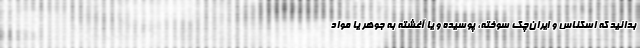
بدانید که اسکناس و ایران‌چک سوخته، پوسیده و یا آغشته به جوهر یا مواد